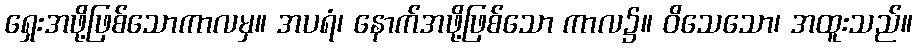
ရှေးအဖို့ဖြစ်သောကာလမှ။ အပရံ၊ နောက်အဖို့ဖြစ်သော ကာလ၌။ ဝိသေသော၊ အထူးသည်။